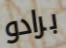
برادو